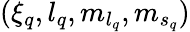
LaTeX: ({\xi}_{q},{l}_{q},{m}_{{l}_{q}},{m}_{{s}_{q}})